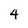
Character: 4